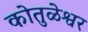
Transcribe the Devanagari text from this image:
कोतुळेश्वर